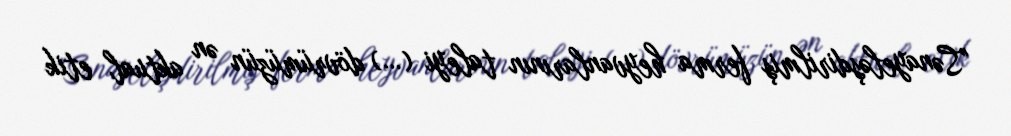
"Sənayeləşdirilmiş ferma heyvanlarının taleyi (…) dövrümüzün ən aktual etik